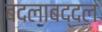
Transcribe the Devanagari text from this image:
बदलाबद्दल